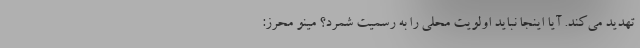
تهدید می‌کند. آیا اینجا نباید اولویت محلی را به رسمیت شمرد؟ مینو محرز: